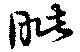
眦